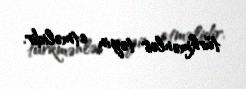
türkmənlər təyin etməlidir.